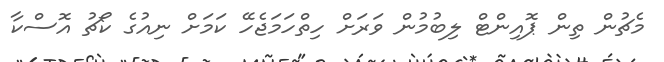
މެޗުން ތިން ޕޮއިންޓް ލިބުމުން ވަރަށް ހިތްހަމަޖެހޭ ކަމަށް ނިއުގެ ކޯޗު އޮސްކާ